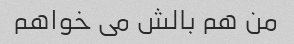
من هم بالش می خواهم